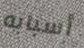
أسبابه